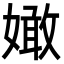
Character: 㜟